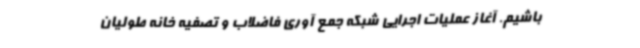
باشیم. آغاز عملیات اجرایی شبکه جمع آوری فاضلاب و تصفیه خانه طولیان